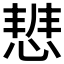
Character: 𭝢